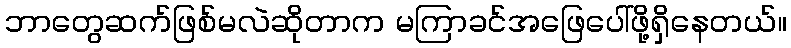
ဘာတွေဆက်ဖြစ်မလဲဆိုတာက မကြာခင်အဖြေပေါ်ဖို့ရှိနေတယ်။